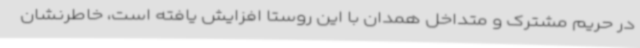
در حریم مشترک و متداخل همدان با این روستا افزایش یافته است، خاطرنشان